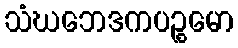
သံဃဘေဒကပဉ္စမော